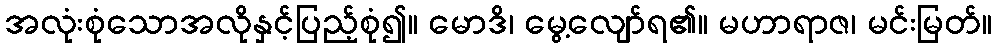
အလုံးစုံသောအလိုနှင့်ပြည့်စုံ၍။ မောဒိ၊ မွေ့လျော်ရ၏။ မဟာရာဇ၊ မင်းမြတ်။